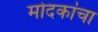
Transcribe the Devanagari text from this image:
मोदकांचा